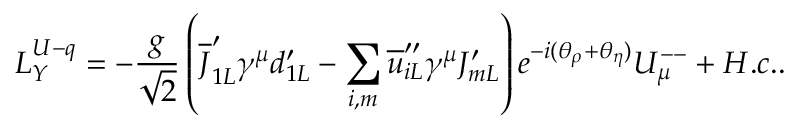
{ \cal L } _ { Y } ^ { U - q } = - \frac g { \sqrt { 2 } } \left( \overline { { { J } } } _ { 1 L } ^ { \prime } \gamma ^ { \mu } d _ { 1 L } ^ { \prime } - \sum _ { i , m } \overline { { { u } } } _ { i L } ^ { \prime \prime } \gamma ^ { \mu } J _ { m L } ^ { \prime } \right) e ^ { - i ( \theta _ { \rho } + \theta _ { \eta } ) } U _ { \mu } ^ { -- } + H . c . .